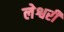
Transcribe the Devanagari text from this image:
लेश्वरी